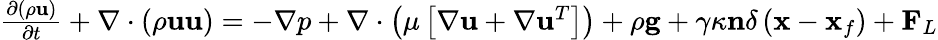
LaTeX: \begin{array}{r}{\frac{\partial\left(\rho\mathbf{u}\right)}{\partial t}+\nabla\cdot\left(\rho\mathbf{uu}\right)=-\nabla p+\nabla\cdot\left(\mu\left[\nabla\mathbf{u}+\nabla\mathbf{u}^{T}\right]\right)+\rho\textbf{g}+\gamma\kappa\mathbf{n}\delta\left(\mathbf{x}-\mathbf{x}_{f}\right)+\textbf{F}_{L}}\end{array}